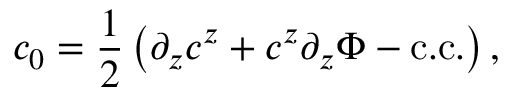
c _ { 0 } = \frac { 1 } { 2 } \left( \partial _ { z } c ^ { z } + c ^ { z } \partial _ { z } \Phi - \mathrm { c . c . } \right) ,